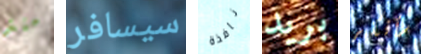
منذ سيسافر نافذة بريد سأفكر